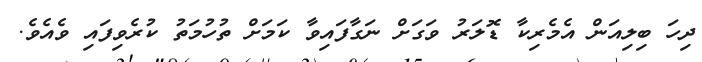
ދިހަ ބިލިއަން އެމެރިކާ ޑޮލަރު ވަގަށް ނަގާފައިވާ ކަމަށް ތުހުމަތު ކުރެވިފައި ވެއެވެ.